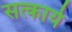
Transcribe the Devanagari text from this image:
सत्कार्ये